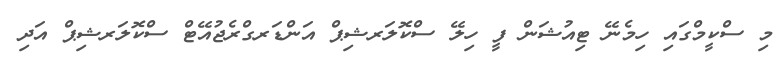
މި ސްކީމްގައި ހިމެނޭ ޓިއުޝަން ފީ ހިލޭ ސްކޮލަރޝިޕް އަންޑަރގްރެޖުއޭޓް ސްކޮލަރޝިޕް އަދި